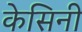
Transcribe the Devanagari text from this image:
केसिनी